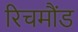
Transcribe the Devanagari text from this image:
रिचमौंड